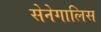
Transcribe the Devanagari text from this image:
सेनेगालिस